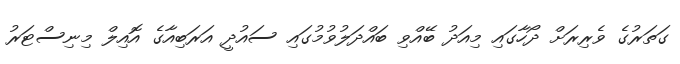
ގަތަރުގެ ވެރިރަށް ދޯހާގައި މިއަދު ބޭއްވި ބައްދަލުވުމުގައި ސައުދީ އަރަބިއާގެ އޮއިލް މިނިސްޓަރު